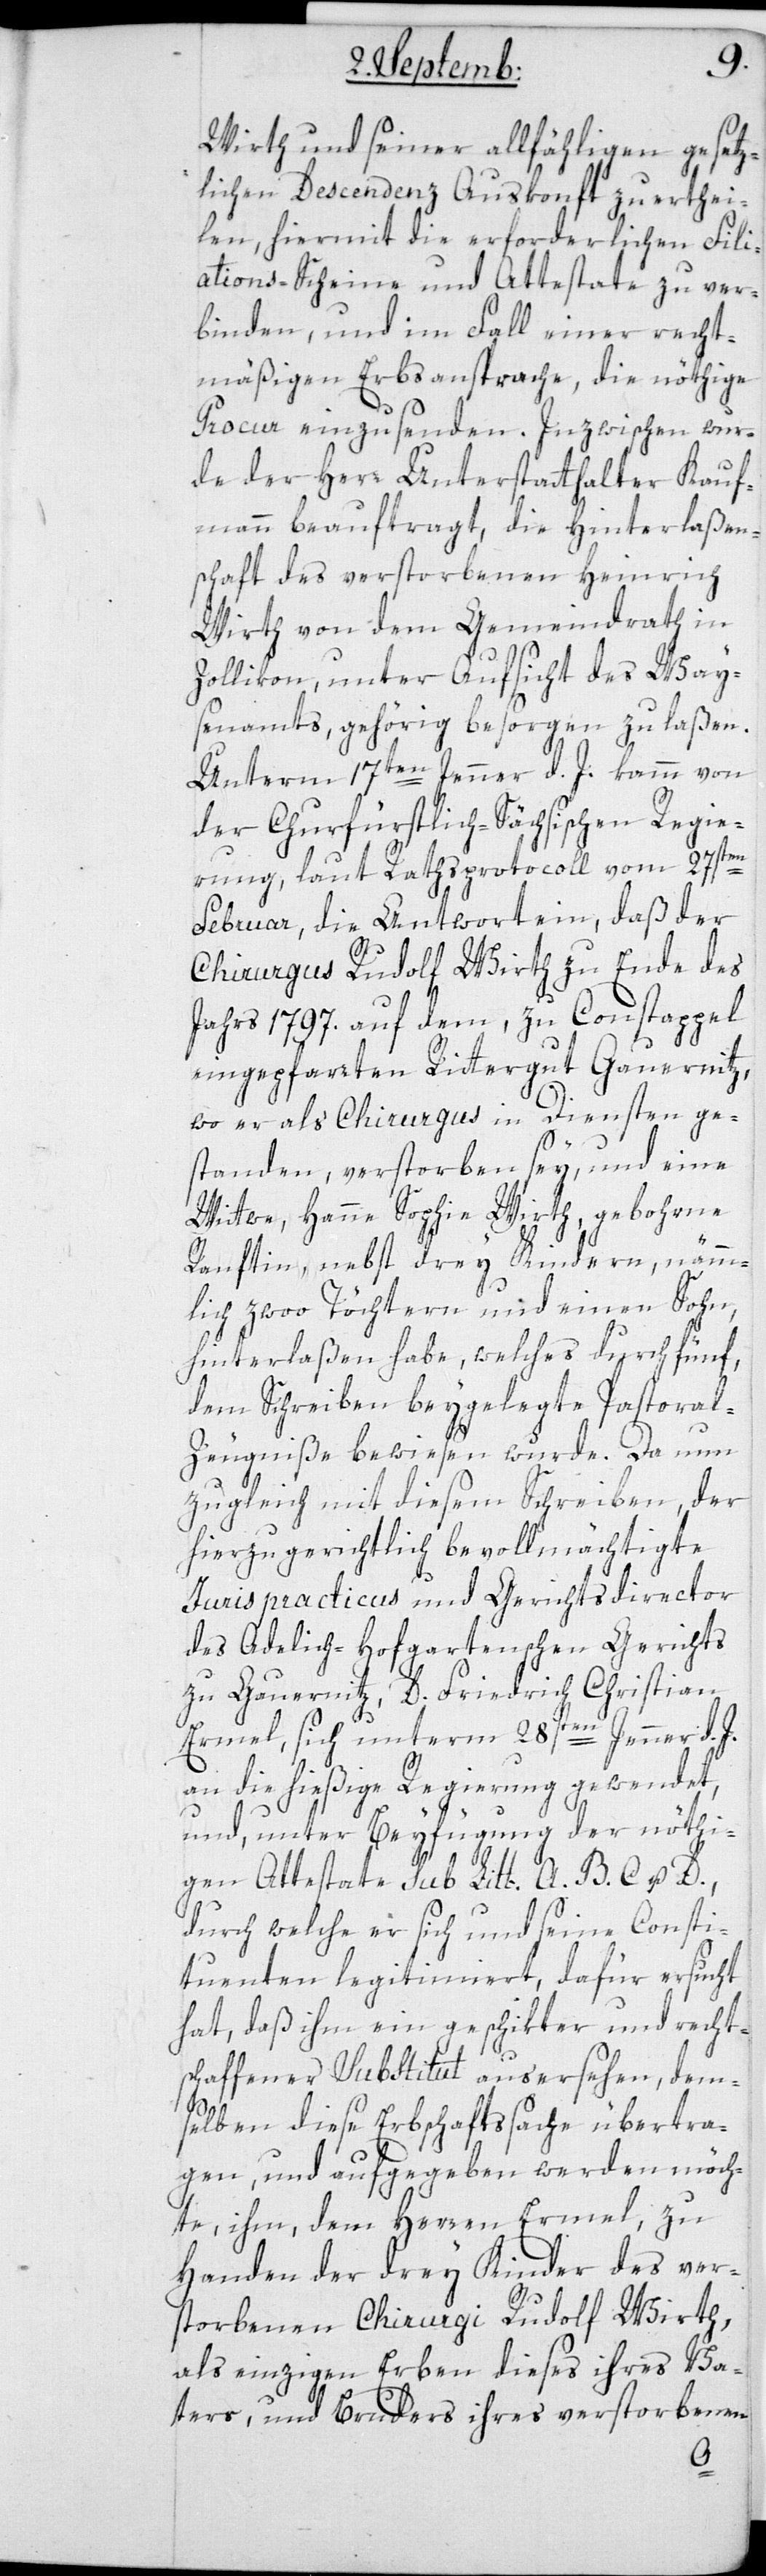
Wirth und seiner allfähligen gesetz¬
lichen Descendenz Auskonft zu erthei¬
len, hiermit die erforderlichen Fili¬
ations-Scheine und Attestate zu ver¬
binden, und im Fall einer recht¬
mäßigen Erbsansprache, die nöthige
Procur einzusenden. Inzwischen wur¬
de der Herr Unterstatthalter Kauf¬
mann beauftragt, die Hinterlaßen¬
schaft des verstorbenen Heinrich
Wirth von dem Gemeindrath in
Zollikon, unter Aufsicht des Way¬
senamts, gehörig besorgen zu laßen.
Unterm 17ten Jenner d. J. kam von
der Churfüstlich-Sächsischen Regie¬
rung, laut Rathsprotocoll vom 27sten
Februar, die Antwort ein, daß der
Chirurgus Rudolf Wirth zu Ende des
Jahrs 1797. auf dem, zu Constappel
eingepfarrten Rittergut Gauernitz,
wo er als Chirurgus in Diensten ge¬
standen, verstorben sey, und eine
Wittwe, Hanne Sophie Wirth, gebohrne
Ranftin, nebst drey Kindern, nämm¬
lich zwoo Töchtern und einen Sohn,
hinterlaßen habe, welches durch fünf,
dem Schreiben beygelegte Pastora¬
l-Zeugniße bewiesen wurde. Da nun
zugleich mit diesem Schreiben der
hierzu gerichtlich bevollmächtigte
Juris practicus und Gerichtsdirector
des Adelich-Hofgartenschen Gerichts
zu Gauernitz, D. Friedrich Christian
Ermel, sich unterm 28sten Jenner d. J.
an die hiesige Regierung gewendet,
und unter Beyfügung der nöthi¬
gen Attestate sub Litt. A. B. C. u. D.,
durch welche er sich und seine Consti¬
tuenten legitimiert, dafür ersucht
hat, daß ihm ein geschikter und recht¬
schaffener Substitut ausersehen, dem¬
selben diese Erbschaftssache übertra¬
gen und aufgegeben werden möch¬
te, ihm, dem Herren Ermel, zu
Handen der drey Kinder des ver¬
storbenen Chirurgi Rudolf Wirth,
als einzigen Erben dieses ihres Va¬
ters, und Bruders ihres verstorbenen